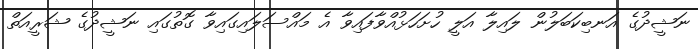
ނަޝީދުގެ އަނބިކަބަލުން ލައިލާ އަލީ ހުށަހަޅުއްވާފައިވާ އެ މައްސަލައިގައިވާ ގޮތުގައި ނަޝީދުގެ ޝަރީއަތް